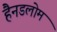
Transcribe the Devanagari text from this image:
हैनडलोम